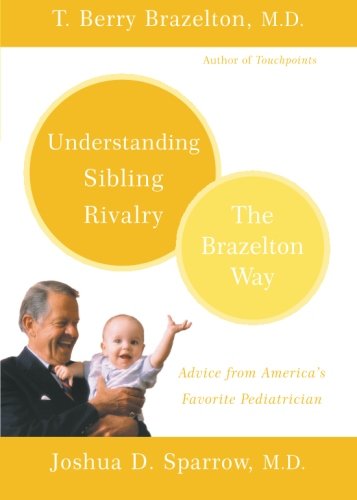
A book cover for Understanding Sibling Rivalry - The Brazelton Way; T. Berry Brazelton; Parenting & Relationships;